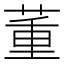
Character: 董